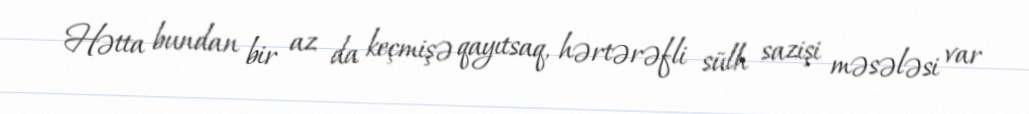
Hətta bundan bir az da keçmişə qayıtsaq, hərtərəfli sülh sazişi məsələsi var